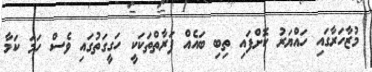
މުޒާހަރާގައި ހައްޔަރު ކޮށްފައި ތިބި ބައެއް ފަރާތްތަކަކީ ހަގީގަތުގައި ވެސް ހަމަ ކަމާ